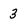
Character: 3